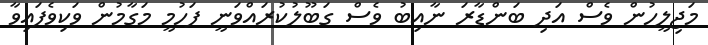
މަޖިލީހުން ވެސް އަދި ބަންޑާރަ ނާއިބު ވެސް ގަބޫލުކުރައްވަނީ ފަހުމީ މަގާމުން ވަކިވެފައިވާ